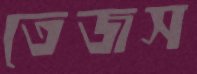
তেজস